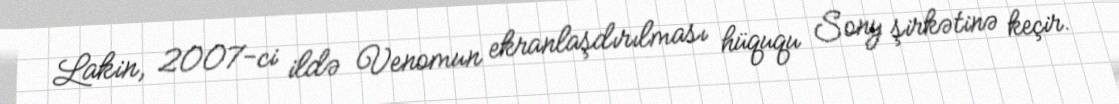
Lakin, 2007-ci ildə Venomun ekranlaşdırılması hüququ Sony şirkətinə keçir.